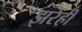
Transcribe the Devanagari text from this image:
झरेही